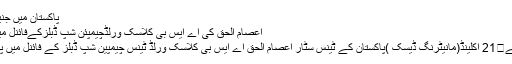
پاکستان میں جنید خان ...
اعصام الحق کی اے ایس بی کلاسک ورلڈچیمپئن شپ ڈبلزکےفائنل میں رسائی
4 دن پہلے	21 آکلینڈ(مانیٹرنگ ڈیسک )پاکستان کے ٹینس سٹار اعصام الحق اے ایس بی کلاسک ورلڈ ٹینس چیمپین شپ ڈبلز کے فائنل میں پہنچ گئے۔